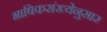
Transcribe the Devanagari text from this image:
भाषिकसंख्येनुसार